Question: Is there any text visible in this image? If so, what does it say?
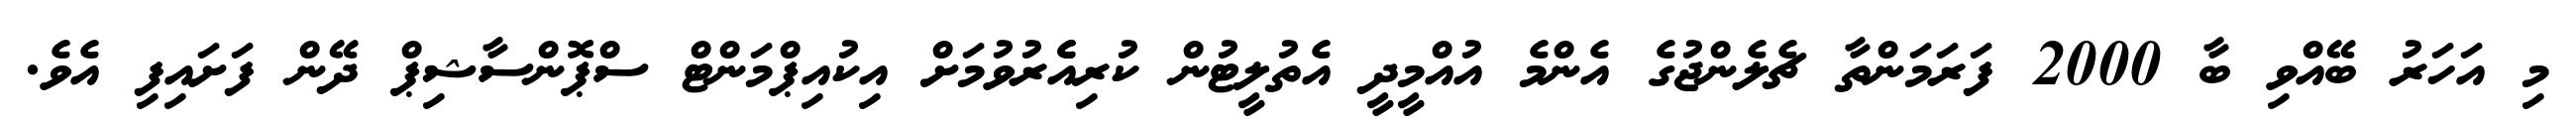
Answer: މި އަހަރު ބޭއްވި ބާ 2000 ފަރަމަންތާ ޗެލެންޖުގެ އެންމެ އުއްމީދީ އެތުލީޓުން ކުރިއެެރުވުމަށް އިކުއިޕްމަންޓް ސްޕޮންސާޝިޕް ދޭން ފަށައިފި އެވެ.